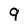
Character: 9